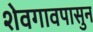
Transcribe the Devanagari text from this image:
शेवगावपासुन